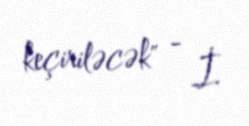
keçiriləcək" - İ.